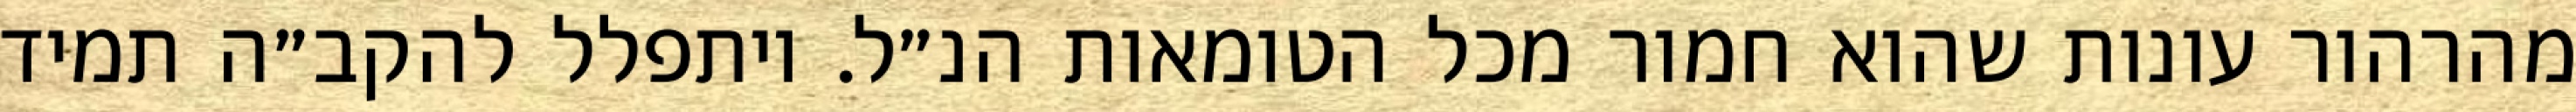
מהרהור עונות שהוא חמור מכל הטומאות הנ״ל. ויתפלל להקב״ה תמיד